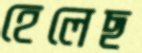
হেলেছ